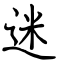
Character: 迷